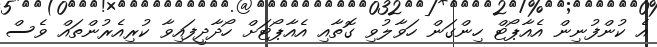
އެ ކުންފުނިން އެއާޕޯޓް ހިންގަން ހަވާލުވި ގޮތާއި އެއާޕޯޓަށް ހޯދާދީފައިވާ ކުރިއެރުންތައް ވެސް